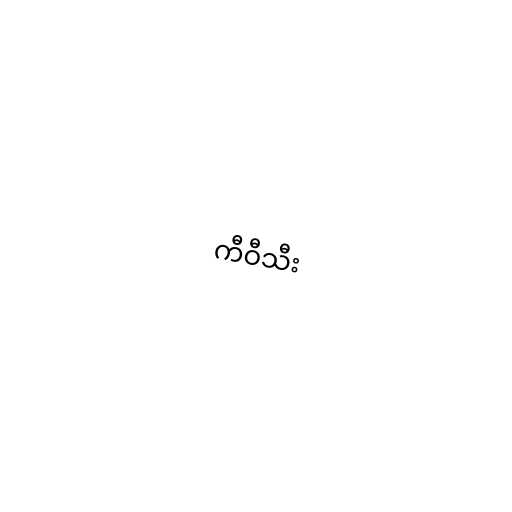
ကီဝီသီး